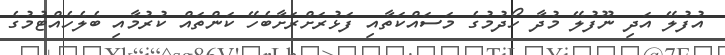
އުފުލޭ އަދި ނޫފުލޭ މުދާ ހޯދުމުގެ މަސައްކަތާއި ފަޅުރަށްރަށާބެހޭ ކަންތައް ކުރުމާއި ބެލެހެއްޓުމުގެ